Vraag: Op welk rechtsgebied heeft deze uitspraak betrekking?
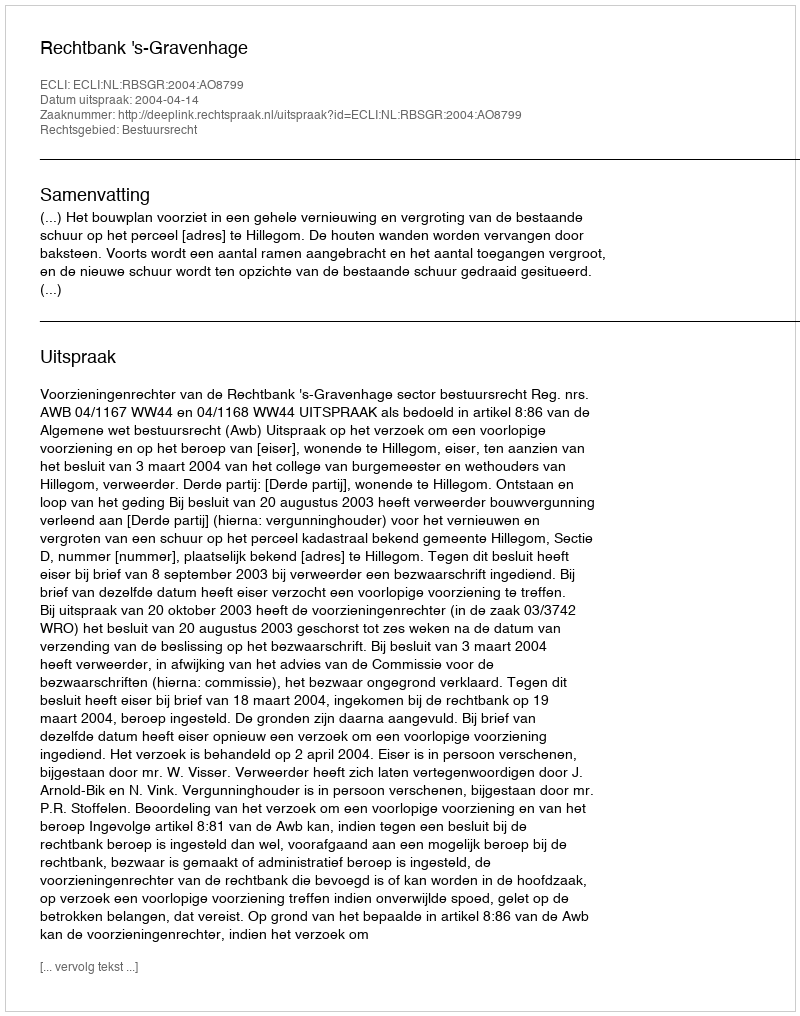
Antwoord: Bestuursrecht